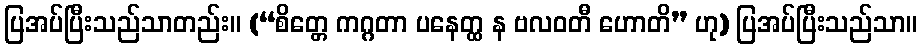
ပြအပ်ပြီးသည်သာတည်း။ (“စိတ္တေ ကဂ္ဂတာ ပနေတ္ထ န ဗလဝတီ ဟောတိ” ဟု) ပြအပ်ပြီးသည်သာ။